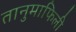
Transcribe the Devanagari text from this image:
तानुमाफिली